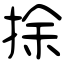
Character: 捈